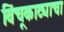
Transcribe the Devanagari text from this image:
विंचूकाट्याचा